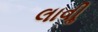
લાવીૢ